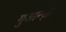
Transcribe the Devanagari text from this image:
गुआन्ज़ी